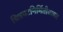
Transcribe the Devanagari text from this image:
चित्रपटनिर्मितीबाबत